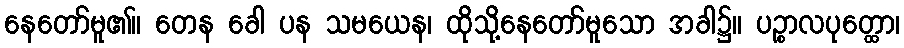
နေတော်မူ၏။ တေန ခေါ ပန သမယေန၊ ထိုသို့နေတော်မူသော အခါ၌။ ပဉ္စာလပုတ္ထော၊